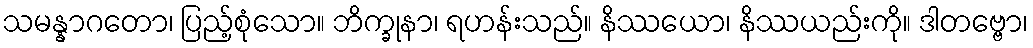
သမန္နာဂတော၊ ပြည့်စုံသော။ ဘိက္ခုနာ၊ ရဟန်းသည်။ နိဿယော၊ နိဿယည်းကို။ ဒါတဗ္ဗော၊